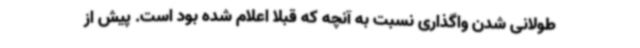
طولانی شدن واگذاری نسبت به آنچه که قبلا اعلام شده بود است. پیش از